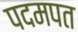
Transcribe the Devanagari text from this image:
पदमपत